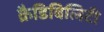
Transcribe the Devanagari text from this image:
क्रैडिबिलिटी